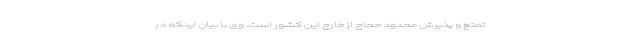
تمتع و پذیرش محدود حجاج از خارج این کشور است. وی با بیان اینکه در